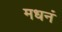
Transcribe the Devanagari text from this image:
मधनं